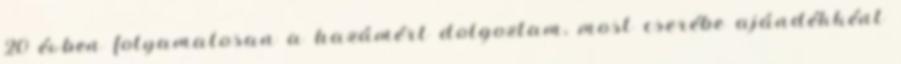
20 évben folyamatosan a hazámért dolgoztam, most cserébe ajándékként